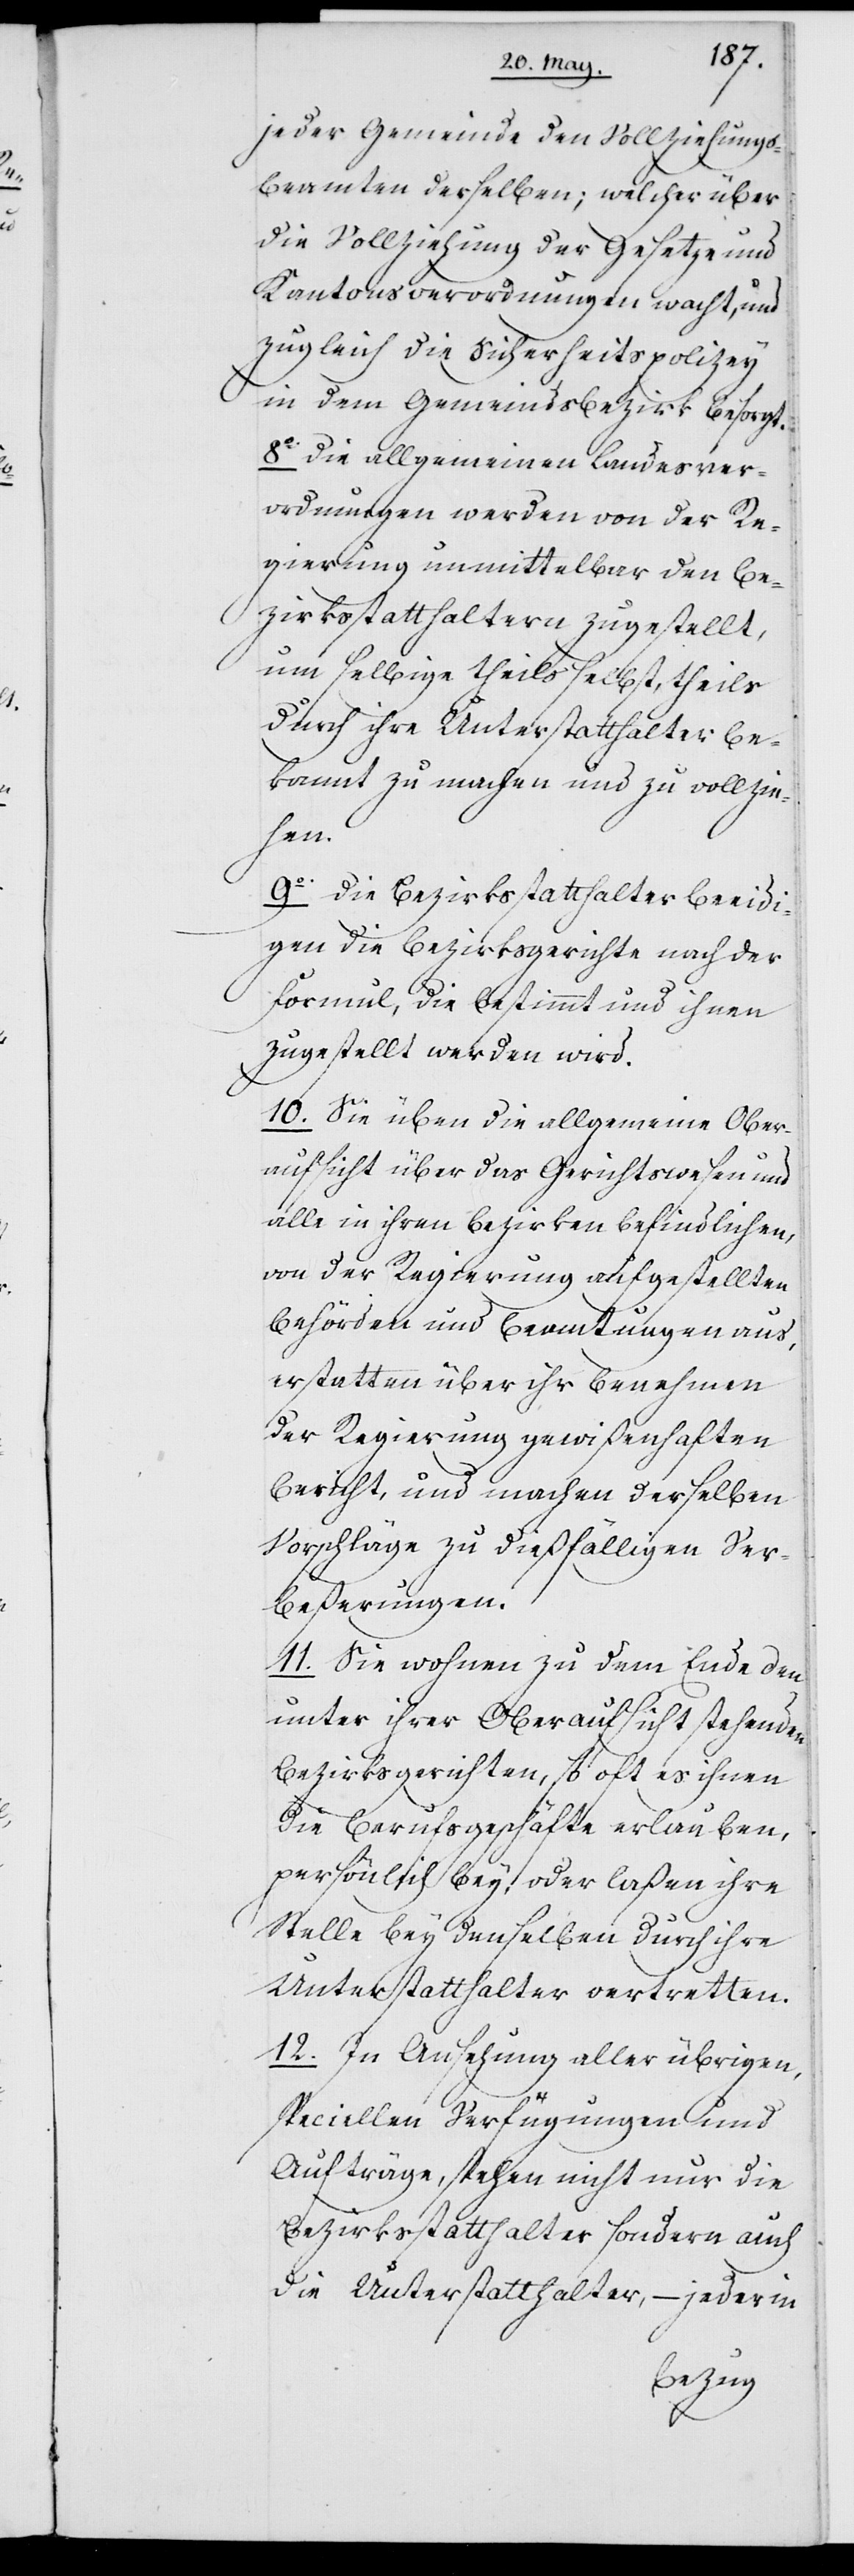
jeder Gemeinde den Vollziehungs¬
beamten derselben; welcher über
die Vollziehung der Gesetze und
Kantonsverordnungen wacht, und
zugleich die Sicherheitspolizey
in dem Gemeindsbezirk besorgt.
8o Die allgemeinen Landesver¬
ordnungen werden von der Re¬
gierung unmittelbar den Be¬
zirksstatthaltern zugestellt,
um selbige theils selbst, theils
durch ihre Unterstatthalter be¬
kannt zu machen und zu vollzie¬
hen.
9o Die Bezirksstatthalter beeidi¬
gen die Bezirksgerichte nach der
Formel, die bestimmt und ihnen
zugestellt werden wird.
10. Sie üben die allgemeine Ober¬
aufsicht über das Gerichtswesen und
alle in ihren Bezirken befindlichen,
von der Regierung aufgestellten
Behörden und Beamtungen aus,
erstatten über ihr Benehmen
der Regierung gewißenhaften
Bericht, und machen derselben
Vorschläge zu dießfälligen Ver¬
beßerungen.
11. Sie wohnen zu dem Ende den
unter ihrer Oberaufsicht stehenden
Bezirksgerichten, so oft es ihnen
die Berufsgeschäfte erlauben,
persönlich bey, oder laßen ihre
Stelle bey denselben durch ihre
Unterstatthalter vertretten.
12. In Ansehung aller übrigen,
speciellen Verfügungen und
Aufträge, stehen nicht nur die
Bezirksstatthalter sondern auch
die Unterstatthalter, – jeder in